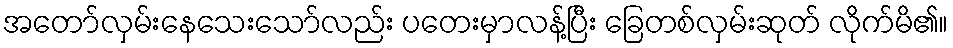
အတော်လှမ်းနေသေးသော်လည်း ပတေးမှာလန့်ပြီး ခြေတစ်လှမ်းဆုတ် လိုက်မိ၏။